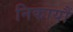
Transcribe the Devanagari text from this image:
निकायौं